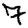
Digit: 7